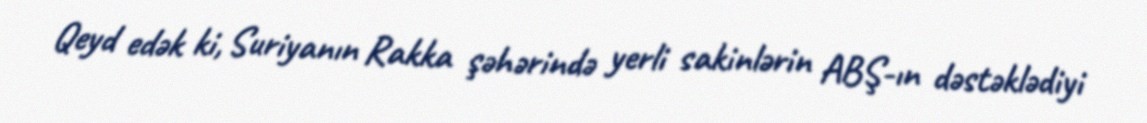
Qeyd edək ki, Suriyanın Rakka şəhərində yerli sakinlərin ABŞ-ın dəstəklədiyi